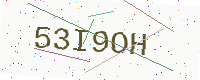
Text: 53I9OH